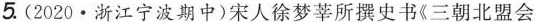
5.(2020\cdot浙江宁波期中)宋人徐梦莘所撰史书《三朝北盟会